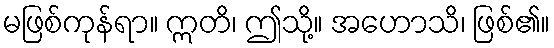
မဖြစ်ကုန်ရာ။ ဣတိ၊ ဤသို့။ အဟောသိ၊ ဖြစ်၏။